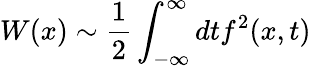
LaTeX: W(x)\sim\frac{1}{2}\int_{-\infty}^{\infty}dtf^{2}(x,t)